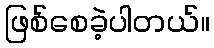
ဖြစ်စေခဲ့ပါတယ်။